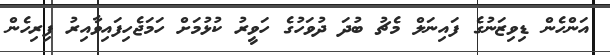
އަންހެން ޑިވިޒަނުގެ ފައިނަލް މެޗު ބުދަ ދުވަހުގެ ހަވީރު ކުޅުމަށް ހަމަޖެހިފައިވާއިރު ފިރިހެން